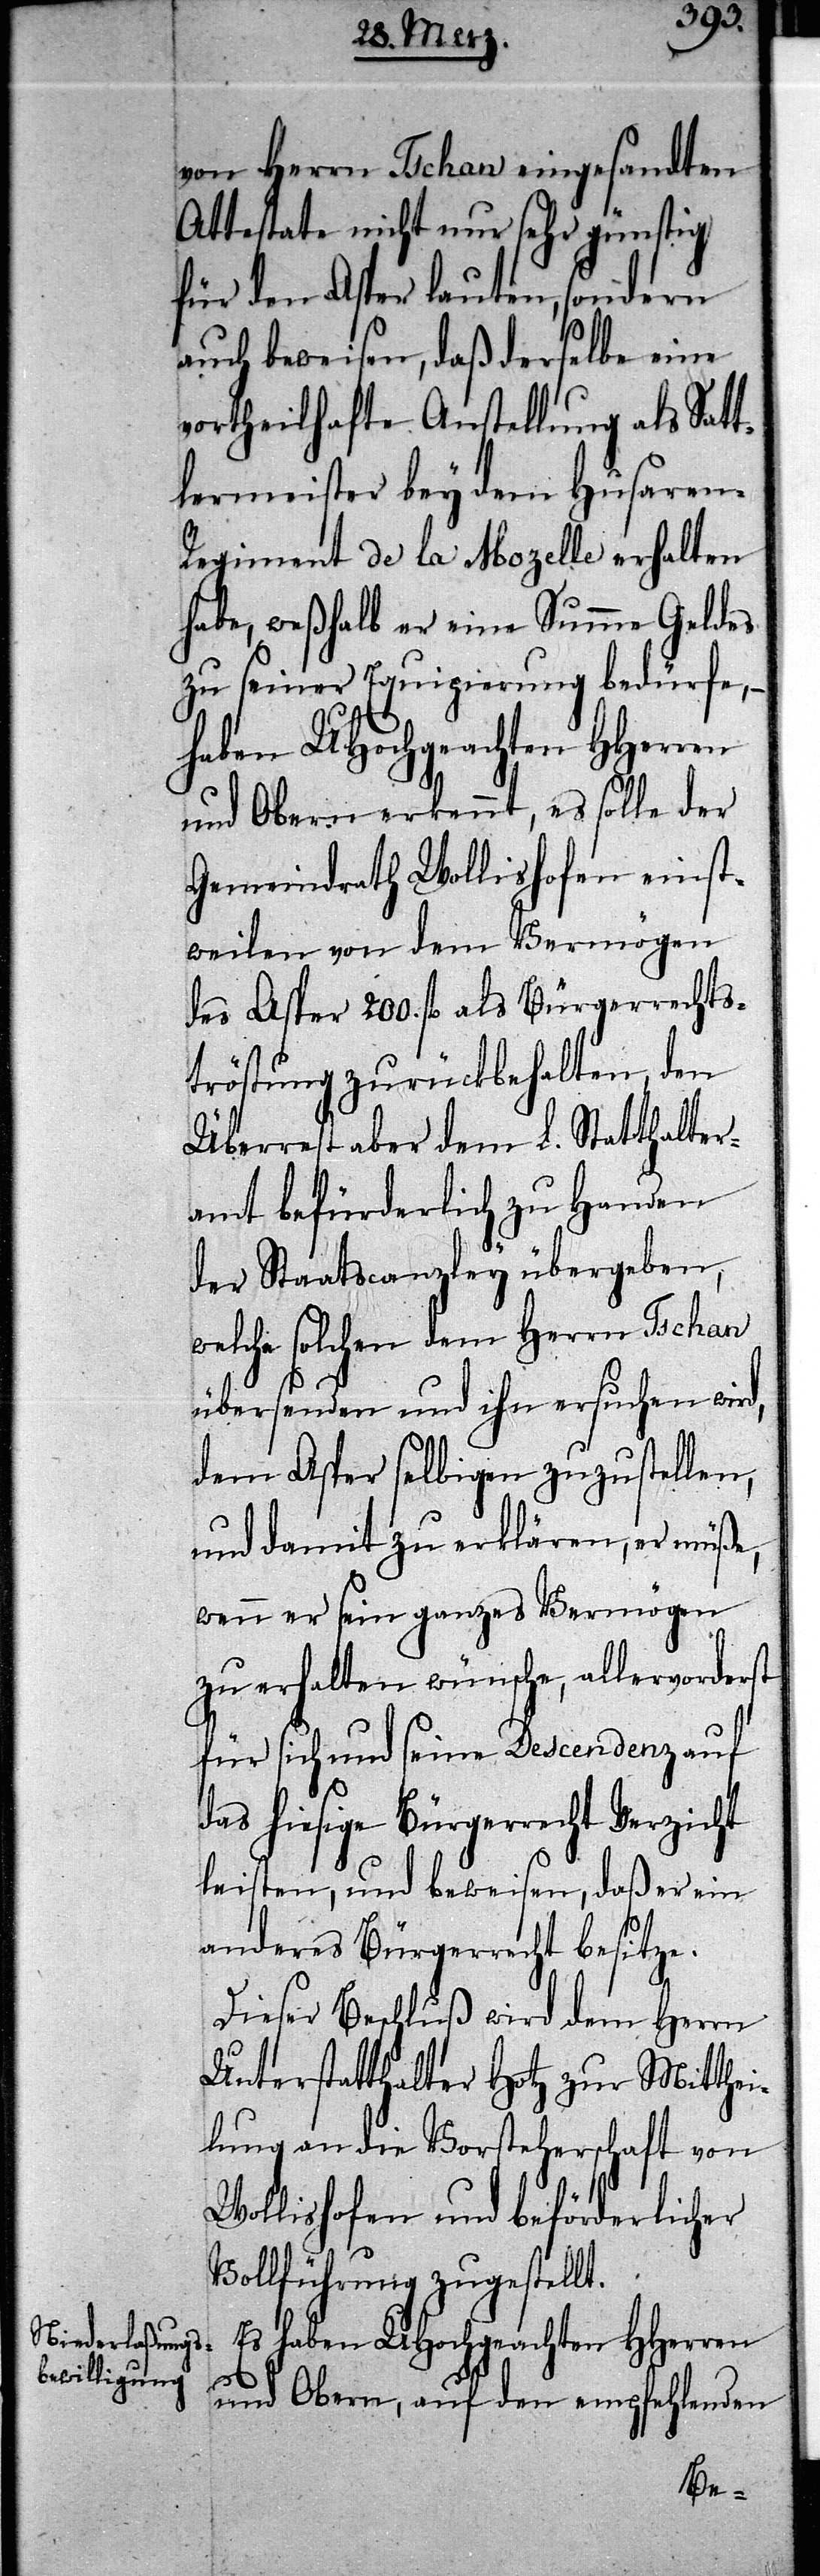
von Herrn Tschan eingesandten
Attestate nicht nur sehr günstig
für den Asper lauten, sondern
auch beweisen, daß derselbe eine
vortheilhafte Anstellung als Satt¬
lermeister bey dem Husaren-R¬
egiment de la Mozelle erhalten
habe, weßhalb er eine Summe Geldes
zu seiner Equipierung bedürfe, –
haben UHochgeachten HHerren
und Obern erkennt, es solle der
Gemeindrath Wollishofen einst¬
weilen von dem Vermögen
des Asper 200. fl als Bürgerrechts¬
tröstung zurückbehalten, den
Überrest aber dem L. Statthalter¬
amt befürderlich zu Handen
der Staatscanzley übergeben,
welche solchen dem Herrn Tschan
übersenden und ihn ersuchen wird,
dem Asper selbigen zuzustellen,
und damit zu erklären, er müße,
wenn er sein ganzes Vermögen
zu erhalten wünsche, allervorderst
für sich und seine Descendenz auf
das hiesige Bürgerrecht Verzicht
leisten, und beweisen, daß er ein
anderes Bürgerrecht besitze.
Dieser Beschluß wird dem Herrn
Unterstatthalter Hotz zur Mitthei¬
lung an die Vorsteherschaft von
Wollishofen und beförderlicher
Vollführung zugestellt.
Es haben UHochgeachten HHerren
und Obern, auf den empfehlenden